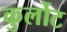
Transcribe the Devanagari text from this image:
कुर्लोट